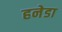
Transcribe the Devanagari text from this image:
हनेडा